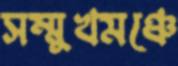
সম্মুখমঞ্চে